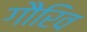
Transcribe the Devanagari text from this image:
गौरिव